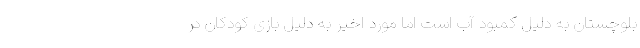
بلوچستان به دلیل کمبود آب است اما مورد اخیر به دلیل بازی کودکان در